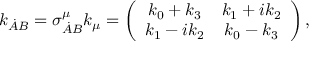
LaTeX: k _ { \dot { A } B } = \sigma _ { \dot { A } B } ^ { \mu } k _ { \mu } = \left( \begin{array} { c c } { { k _ { 0 } + k _ { 3 } } } & { { k _ { 1 } + i k _ { 2 } } } \\ { { k _ { 1 } - i k _ { 2 } } } & { { k _ { 0 } - k _ { 3 } } } \end{array} \right) ,